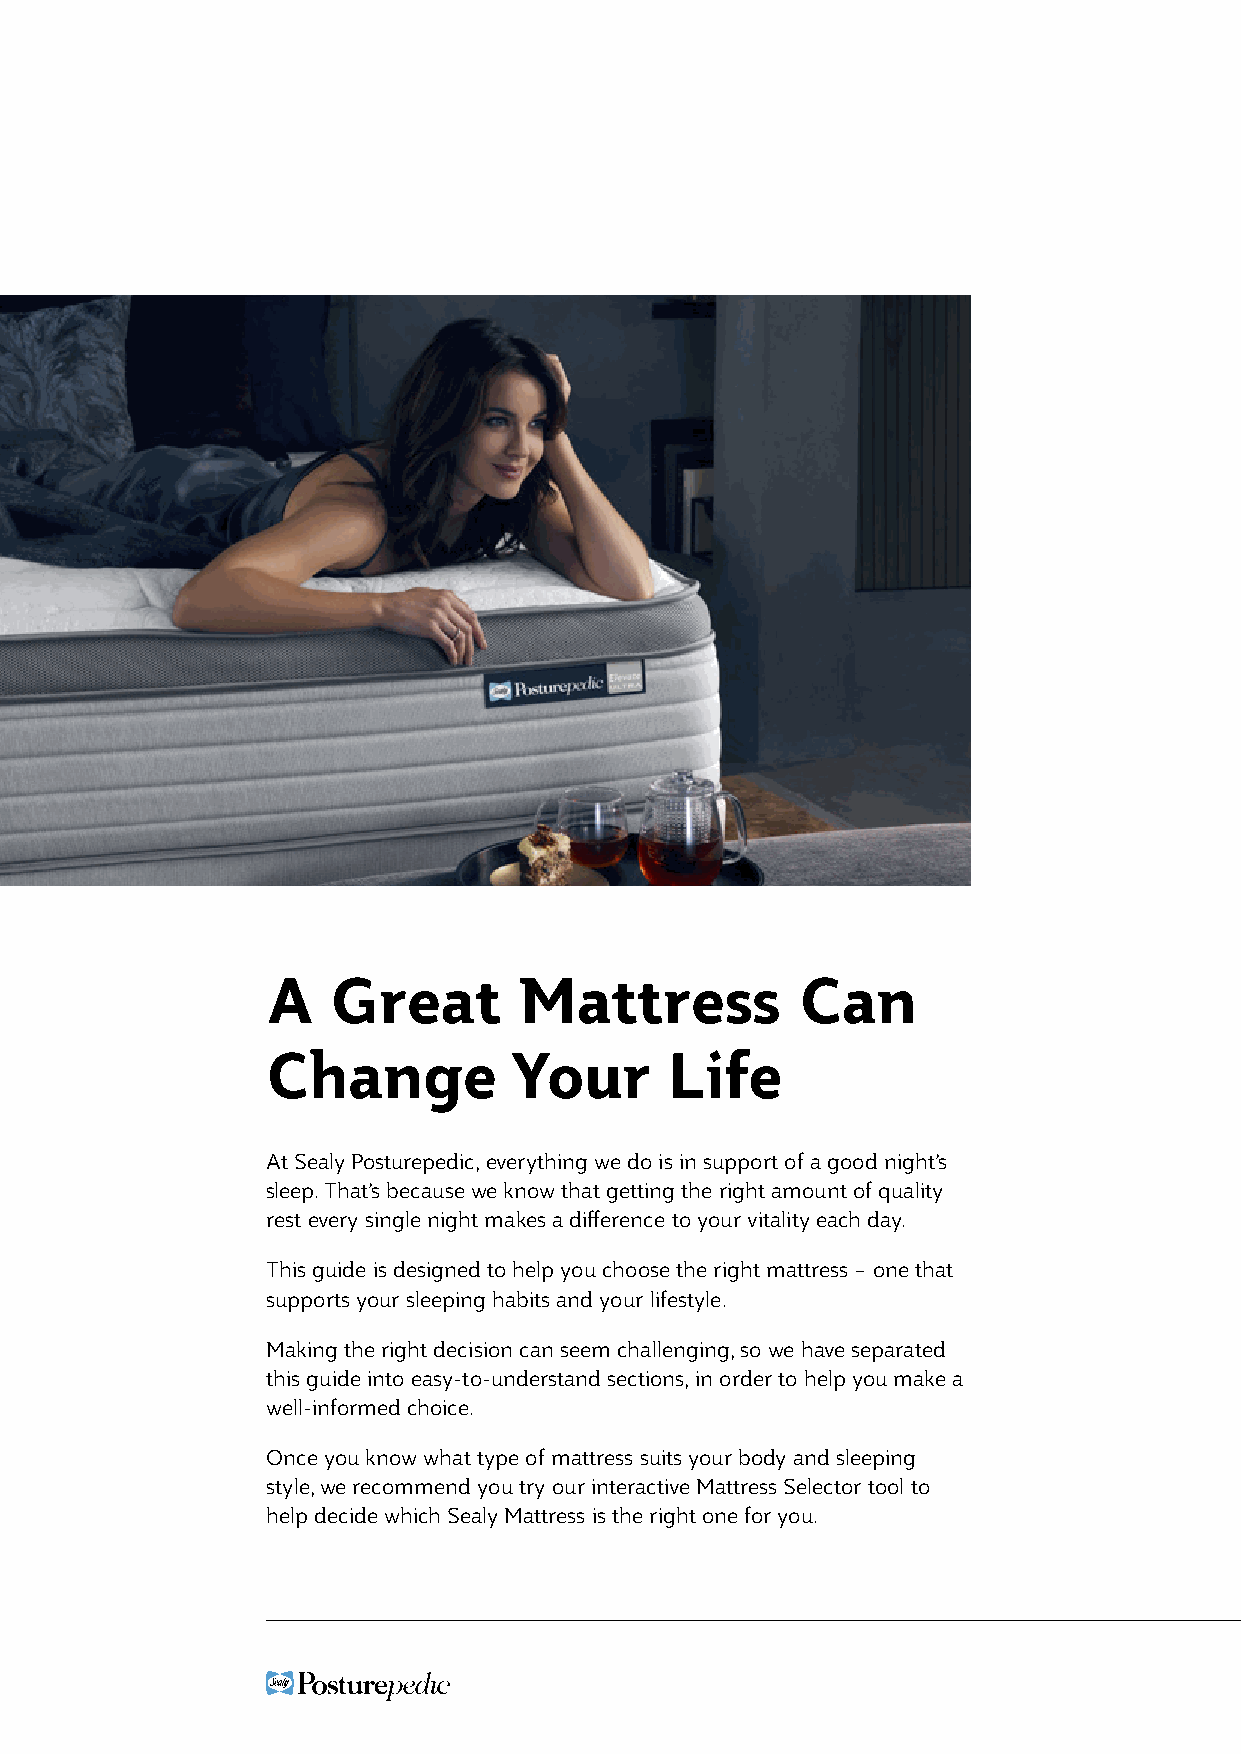
A   Great       Mattress           Can
 Change          Your      Life
 At Sealy Posturepedic, everything we do is in support of a good night’s
 sleep. That’s because we know that getting the right amount of quality
 rest every single night makes a difference to your vitality each day.
 This guide is designed to help you choose the right mattress – one that
 supports your sleeping habits and your lifestyle.
 Making the right decision can seem challenging, so we have separated
 this guide into easy-to-understand sections, in order to help you make a
 well-informed choice.
 Once you know what type of mattress suits your body and sleeping
 style, we recommend you try our interactive Mattress Selector tool to
 help decide which Sealy Mattress is the right one for you.